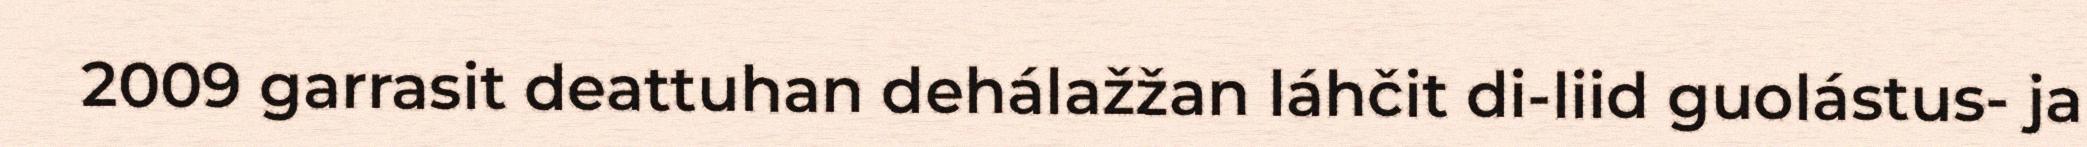
2009 garrasit deattuhan dehálažžan láhčit di-liid guolástus- ja